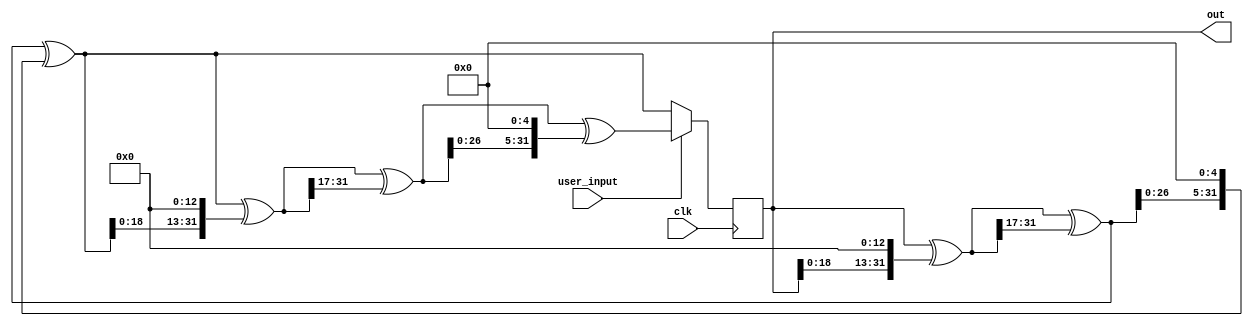
`default_nettype none

// https://en.wikipedia.org/wiki/Xorshift

module rng(input wire clk,
           output wire [31:0] out,
           input wire user_input);
  reg [31:0] state = 42;
  reg [31:0] next;
  assign out = state;

  always @(*) begin
    next = state;
    next = next ^ (next << 13);
    next = next ^ (next >> 17);
    next = next ^ (next << 5);

    if (user_input) begin
      next = next ^ (next << 13);
      next = next ^ (next >> 17);
      next = next ^ (next << 5);
    end
  end

  always @(posedge clk) begin
    state <= next;
  end
endmodule